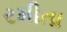
રમીતા